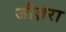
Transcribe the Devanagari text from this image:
जौज़रा